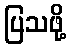
ပြသဖို့